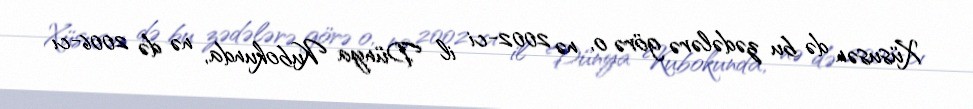
Xüsusən də bu zədələrə görə o, nə 2002-ci il Dünya Kubokunda, nə də 2006-cı